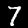
Digit: 7